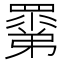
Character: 𥊽